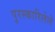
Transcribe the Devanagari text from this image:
पुरस्कारिलेले